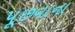
પૂછવાના